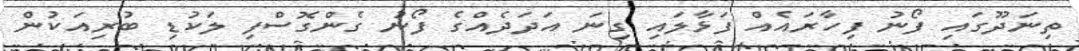
ތިނަދޫގައި ފޯނު ފިހާރައެއް ފަޅާލައި ގިނަ އަދަދެއްގެ ފޯނު ގެންގޮސްފި ލަކުޑި ބުރިއަކުން